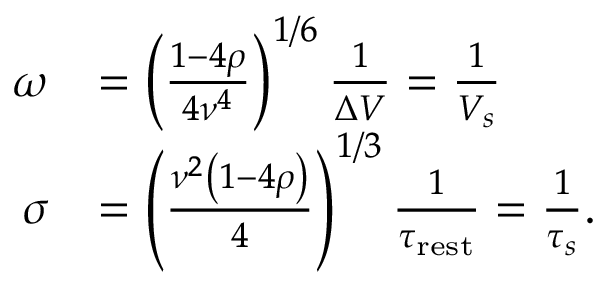
\begin{array} { r l } { \omega } & { = \left( \frac { 1 - 4 \rho } { 4 \nu ^ { 4 } } \right) ^ { 1 / 6 } \frac { 1 } { \Delta V } = \frac { 1 } { V _ { s } } } \\ { \sigma } & { = \left( \frac { \nu ^ { 2 } \left( 1 - 4 \rho \right) } { 4 } \right) ^ { 1 / 3 } \frac { 1 } { \tau _ { \mathrm { r e s t } } } = \frac { 1 } { \tau _ { s } } . } \end{array}